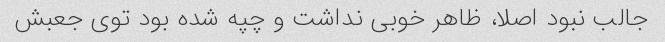
جالب نبود اصلا، ظاهر خوبی نداشت و چپه شده بود توی جعبش